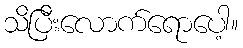
သိပြီးလောက်ရောပေါ့။